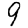
Digit: 9